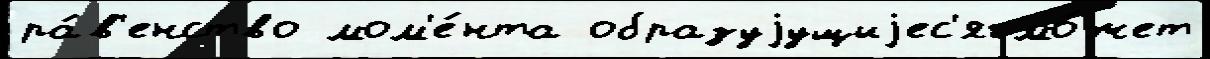
ра́в'енство мом'е́нта образуjущиjес'я мо́жет